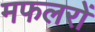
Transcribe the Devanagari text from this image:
मफलरों